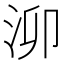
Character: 泖